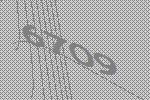
6709